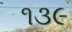
૧૩૯